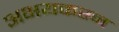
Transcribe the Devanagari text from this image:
अभयकरन